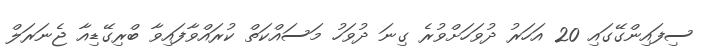
ސިފައިންގޭގައި 20 އަހަރު ދުވަހަށްވުރެ ގިނަ ދުވަހު މަސައްކަތް ކުރައްވާފައިވާ ބްރިގޭޑިއާ ޖެނަރަލް